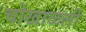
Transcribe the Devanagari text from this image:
चोखाळली